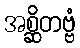
အစ္ဆိတဗ္ဗံ